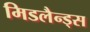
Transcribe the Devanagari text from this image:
मिडलैन्ड्स